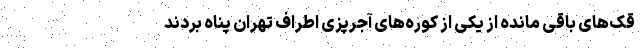
قک‌های باقی مانده از یکی از کوره‌های آجرپزی اطراف تهران پناه بردند